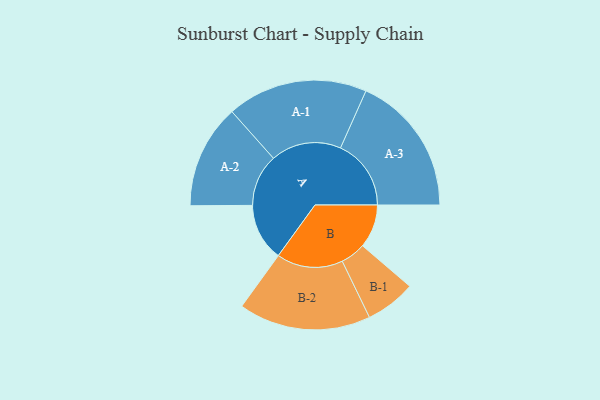
{"axis": {"x": "Segment", "y": "Value"}, "legend": ["", "A", "B"], "data": [{"x": "A", "y": 233, "type": ""}, {"x": "B", "y": 176, "type": ""}, {"x": "A-1", "y": 285, "type": "A"}, {"x": "A-2", "y": 211, "type": "A"}, {"x": "A-3", "y": 286, "type": "A"}, {"x": "B-1", "y": 102, "type": "B"}, {"x": "B-2", "y": 268, "type": "B"}]}